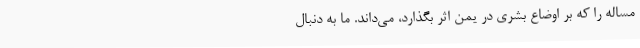
مساله را که بر اوضاع بشری در یمن اثر بگذارد، می‌داند. ما به دنبال